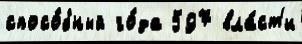
спосо́бный го́да 597 вла́ст'и